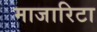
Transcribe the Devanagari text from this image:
माजारिटा